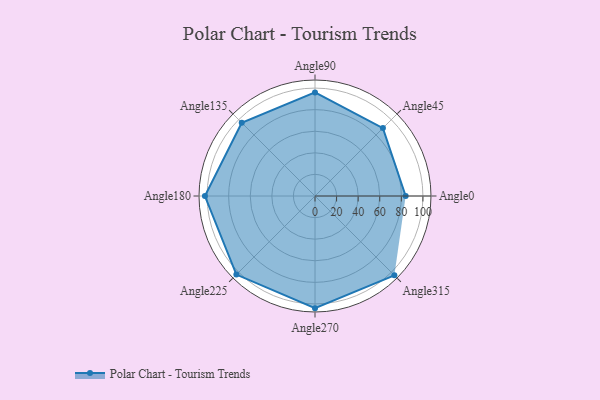
{"axis": {"x": "Angle", "y": "Radius"}, "legend": [""], "data": [{"x": "Angle0", "y": 84.0, "type": ""}, {"x": "Angle45", "y": 89.0, "type": ""}, {"x": "Angle90", "y": 96.0, "type": ""}, {"x": "Angle135", "y": 96.0, "type": ""}, {"x": "Angle180", "y": 102.0, "type": ""}, {"x": "Angle225", "y": 103.0, "type": ""}, {"x": "Angle270", "y": 104.0, "type": ""}, {"x": "Angle315", "y": 104.0, "type": ""}]}